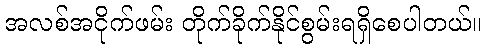
အလစ်အငိုက်ဖမ်း တိုက်ခိုက်နိုင်စွမ်းရရှိစေပါတယ်။